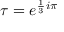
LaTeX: \tau = e ^ { { \frac { 1 } { 3 } } i \pi }